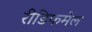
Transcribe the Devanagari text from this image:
रीडिफमेल